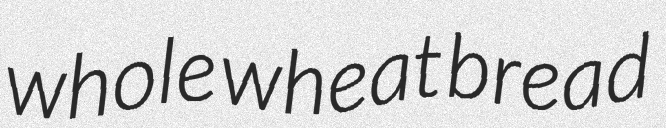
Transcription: whole wheat bread